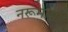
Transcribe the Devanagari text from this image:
नरूमामा